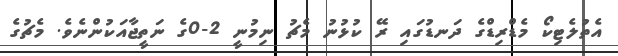
އެތުލެޓިކޯ މެޑްރިޑްގެ ދަނޑުގައި ރޭ ކުޅުނު މެޗު ނިމުނީ 2-0ގެ ނަތީޖާއަކުންނެވެ. މެޗުގެ